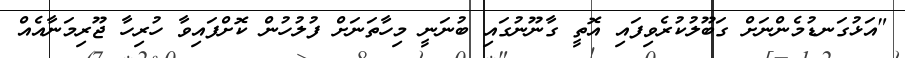
"އަޅުގަނޑުމެންނަށް ގަބޫލުކުރެވިފައި އޮތީ ގާނޫނުގައި ބުނަނީ މިހާތަނަށް ފުލުހުން ކޮށްފައިވާ ހުރިހާ ޖޫރިމަނާއެއް